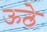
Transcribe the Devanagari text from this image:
ऊठे